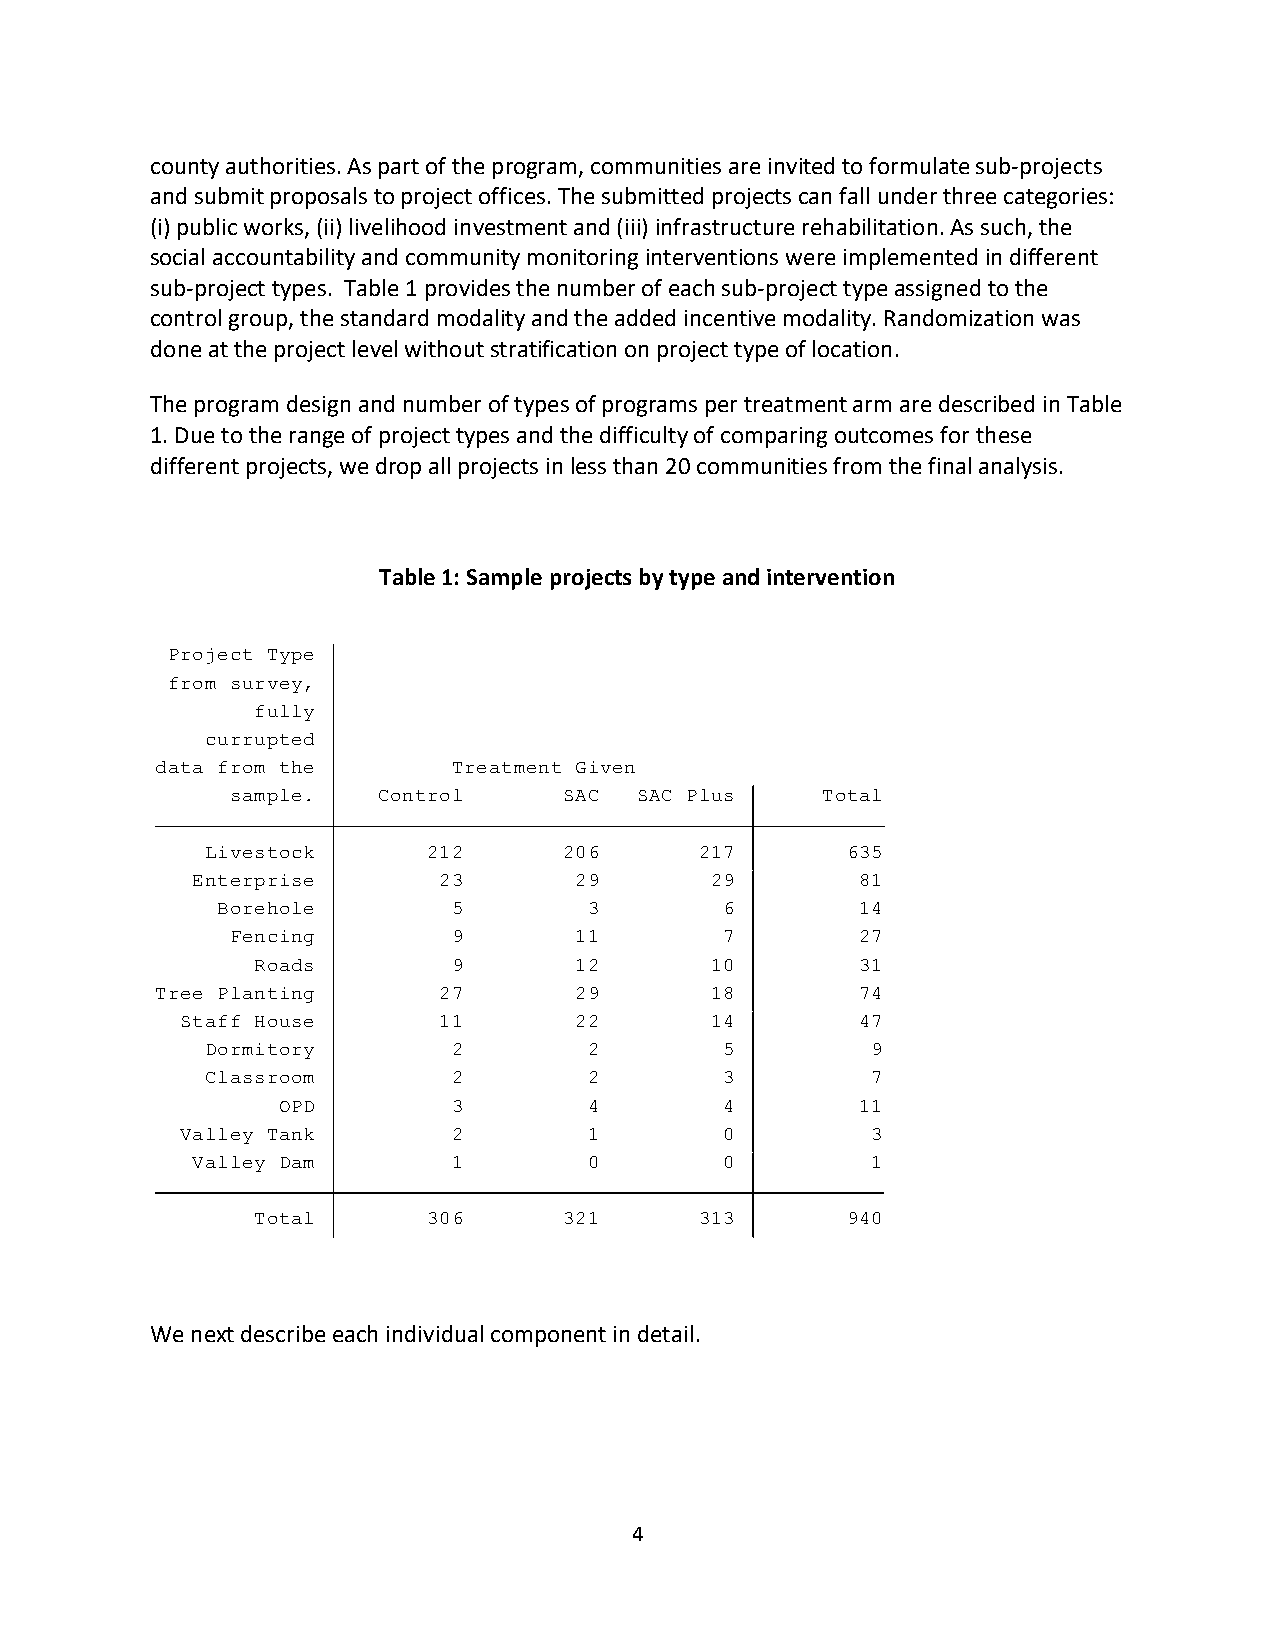
county authorities. As part of the program, communities are invited to formulate sub-projects
 and submit proposals to project offices. The submitted projects can fall under three categories:
 (i) public works, (ii) livelihood investment and (iii) infrastructure rehabilitation. As such, the
 social accountability and community monitoring interventions were implemented in different
 sub-project types. Table 1 provides the number of each sub-project type assigned to the
 control group, the standard modality and the added incentive modality. Randomization was
 done at the project level without stratification on project type of location.
 The program design and number of types of programs per treatment arm are described in Table
 1. Due to the range of project types and the difficulty of comparing outcomes for these
 different projects, we drop all projects in less than 20 communities from the final analysis.
 Table 1: Sample projects by type and intervention
 Project Type
 from survey,
 fully
 currupted
 data from the       Treatment Given
 sample.   Control     SAC  SAC Plus    Total
 Livestock     212      206      217       635
 Enterprise      23       29       29        81
 Borehole        5        3        6        14
 Fencing        9       11        7        27
 Roads        9       12       10        31
 Tree Planting      27       29       18        74
 Staff House      11       22       14        47
 Dormitory       2        2        5         9
 Classroom       2        2        3         7
 OPD         3        4        4        11
 Valley Tank       2        1        0         3
 Valley Dam       1        0        0         1
 Total      306      321      313       940
 We next describe each individual component in detail.
 4